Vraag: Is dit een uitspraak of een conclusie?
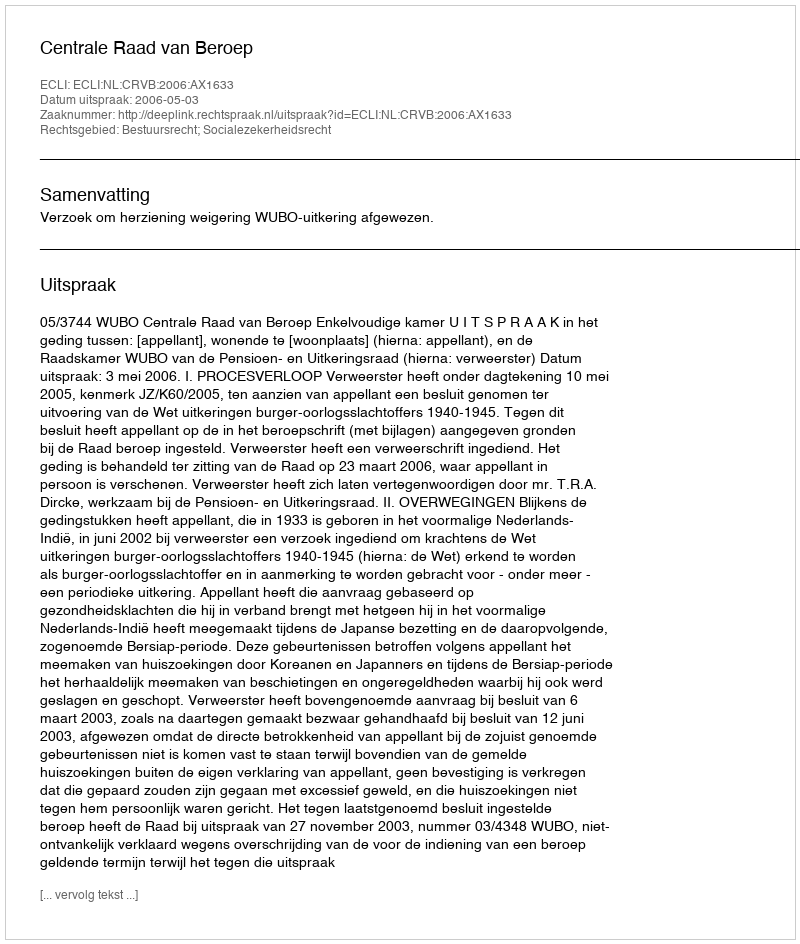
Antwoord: Uitspraak